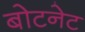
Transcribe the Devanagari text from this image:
बोटनेट